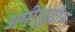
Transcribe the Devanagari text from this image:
अमीरूद्दीन